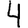
Digit: 4